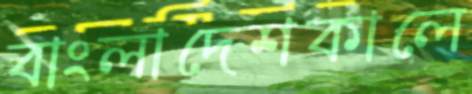
বাংলাদেশকালে